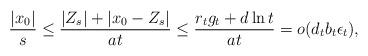
LaTeX: \begin{align*}\frac{|x_0|}{s} \le \frac{|Z_s|+|x_0 - Z_s|}{a t} \le \frac{r_t g_t + d \ln t}{a t} = o(d_t b_t \epsilon_t),\end{align*}